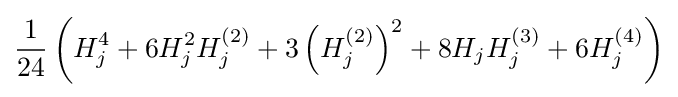
{\frac {1}{24}}\left(H_{j}^{4}+6H_{j}^{2}H_{j}^{(2)}+3\left(H_{j}^{(2)}\right)^{2}+8H_{j}H_{j}^{(3)}+6H_{j}^{(4)}\right)